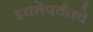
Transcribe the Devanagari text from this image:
इयत्तेपर्यंतचे